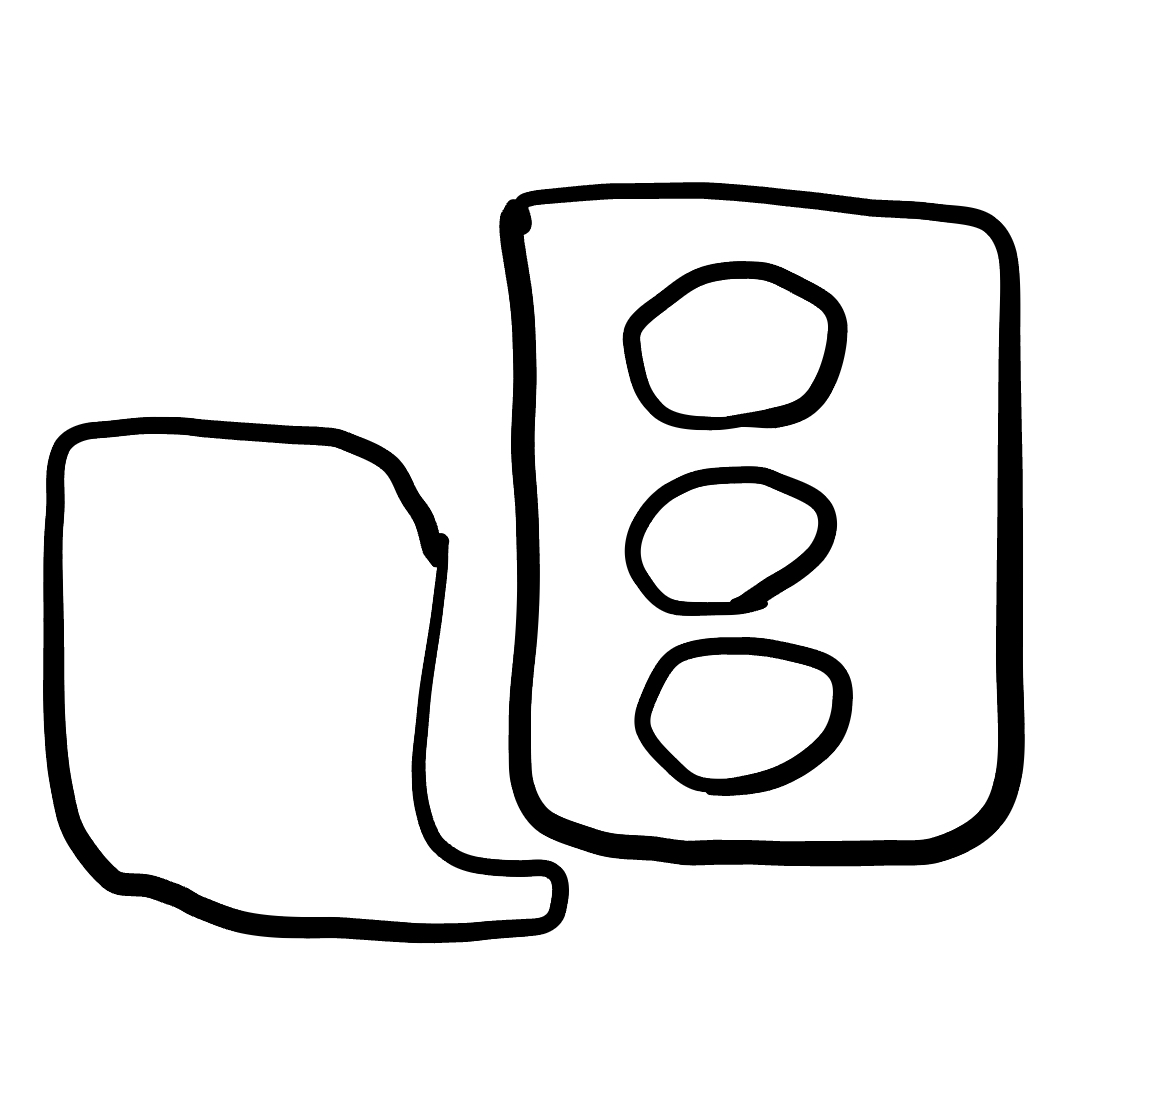
Number of regions (including the outer root region): 6
Containment tree edges (parent, child): 0, 1, 0, 2, 2, 3, 2, 4, 2, 5